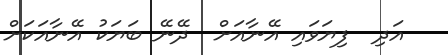
އަދި  ފިޔަވައި އޭނާއަށް  ދޭނޭ ބަޔަކު އޭނާއަކަށް